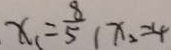
x _ { 1 } = \frac { 8 } { 5 } , x _ { 2 } = 4